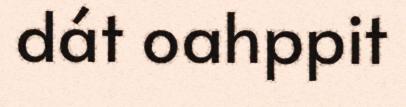
dát oahppit